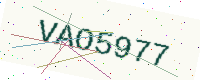
Text: VAO5977